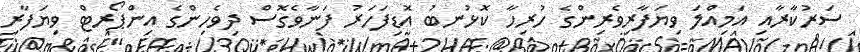
ސަރުކާރާއި އަމިއްލަ ވިޔަފާރިވެރިންގެ ހުރިހާ ކޮޅުނބު އޮޑިފަހަރު ފަނާވެގޮސް ދިވެހިންގެ އިންޕޯރޓް ވިޔަފާރި